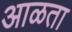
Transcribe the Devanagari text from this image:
आळता